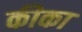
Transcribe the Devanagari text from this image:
कीका